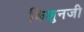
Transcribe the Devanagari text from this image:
किशुनजी